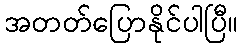
အတတ်ပြောနိုင်ပါပြီ။